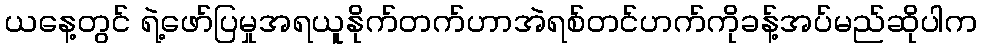
ယနေ့တွင် ရဲ့ဖော်ပြမှုအရယူနိုက်တက်ဟာအဲရစ်တင်ဟက်ကိုခန့်အပ်မည်ဆိုပါက